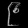
Digit: ၉